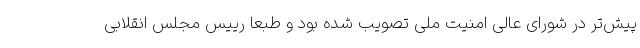
پیش‌تر در شورای عالی امنیت ملی تصویب شده بود و طبعا رییس مجلس انقلابی